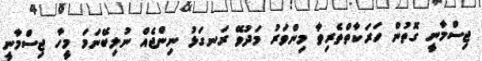
ޖިސްމާނީ ގޮތުން ހަރަކާތްތެރިވާ މިންވަރު މަދުވޭ ރަނގަޅު ނިންޖެއް ނުލިބޭނަމަ މީހާ ޖިސްމާނީ